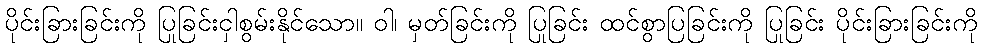
ပိုင်းခြားခြင်းကို ပြုခြင်းငှါစွမ်းနိုင်သော။ ဝါ၊ မှတ်ခြင်းကို ပြုခြင်း ထင်စွာပြခြင်းကို ပြုခြင်း ပိုင်းခြားခြင်းကို